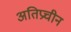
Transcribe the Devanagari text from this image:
अतिप्रचीन